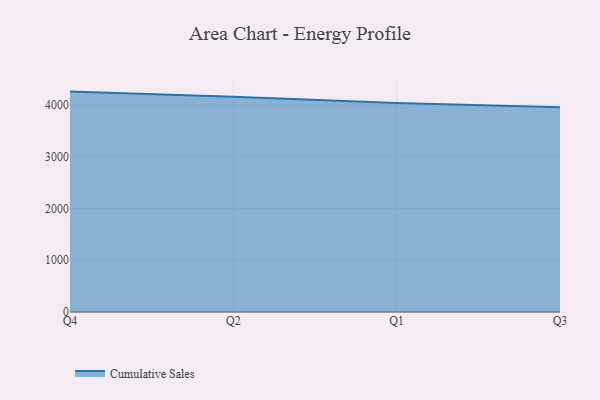
{"axis": {"x": "Quarter", "y": "Population (Million)"}, "legend": ["Cumulative Sales"], "data": [{"x": "Q4", "y": 4258.1, "type": "Cumulative Sales"}, {"x": "Q2", "y": 4156.8, "type": "Cumulative Sales"}, {"x": "Q1", "y": 4035.9, "type": "Cumulative Sales"}, {"x": "Q3", "y": 3954.9, "type": "Cumulative Sales"}]}